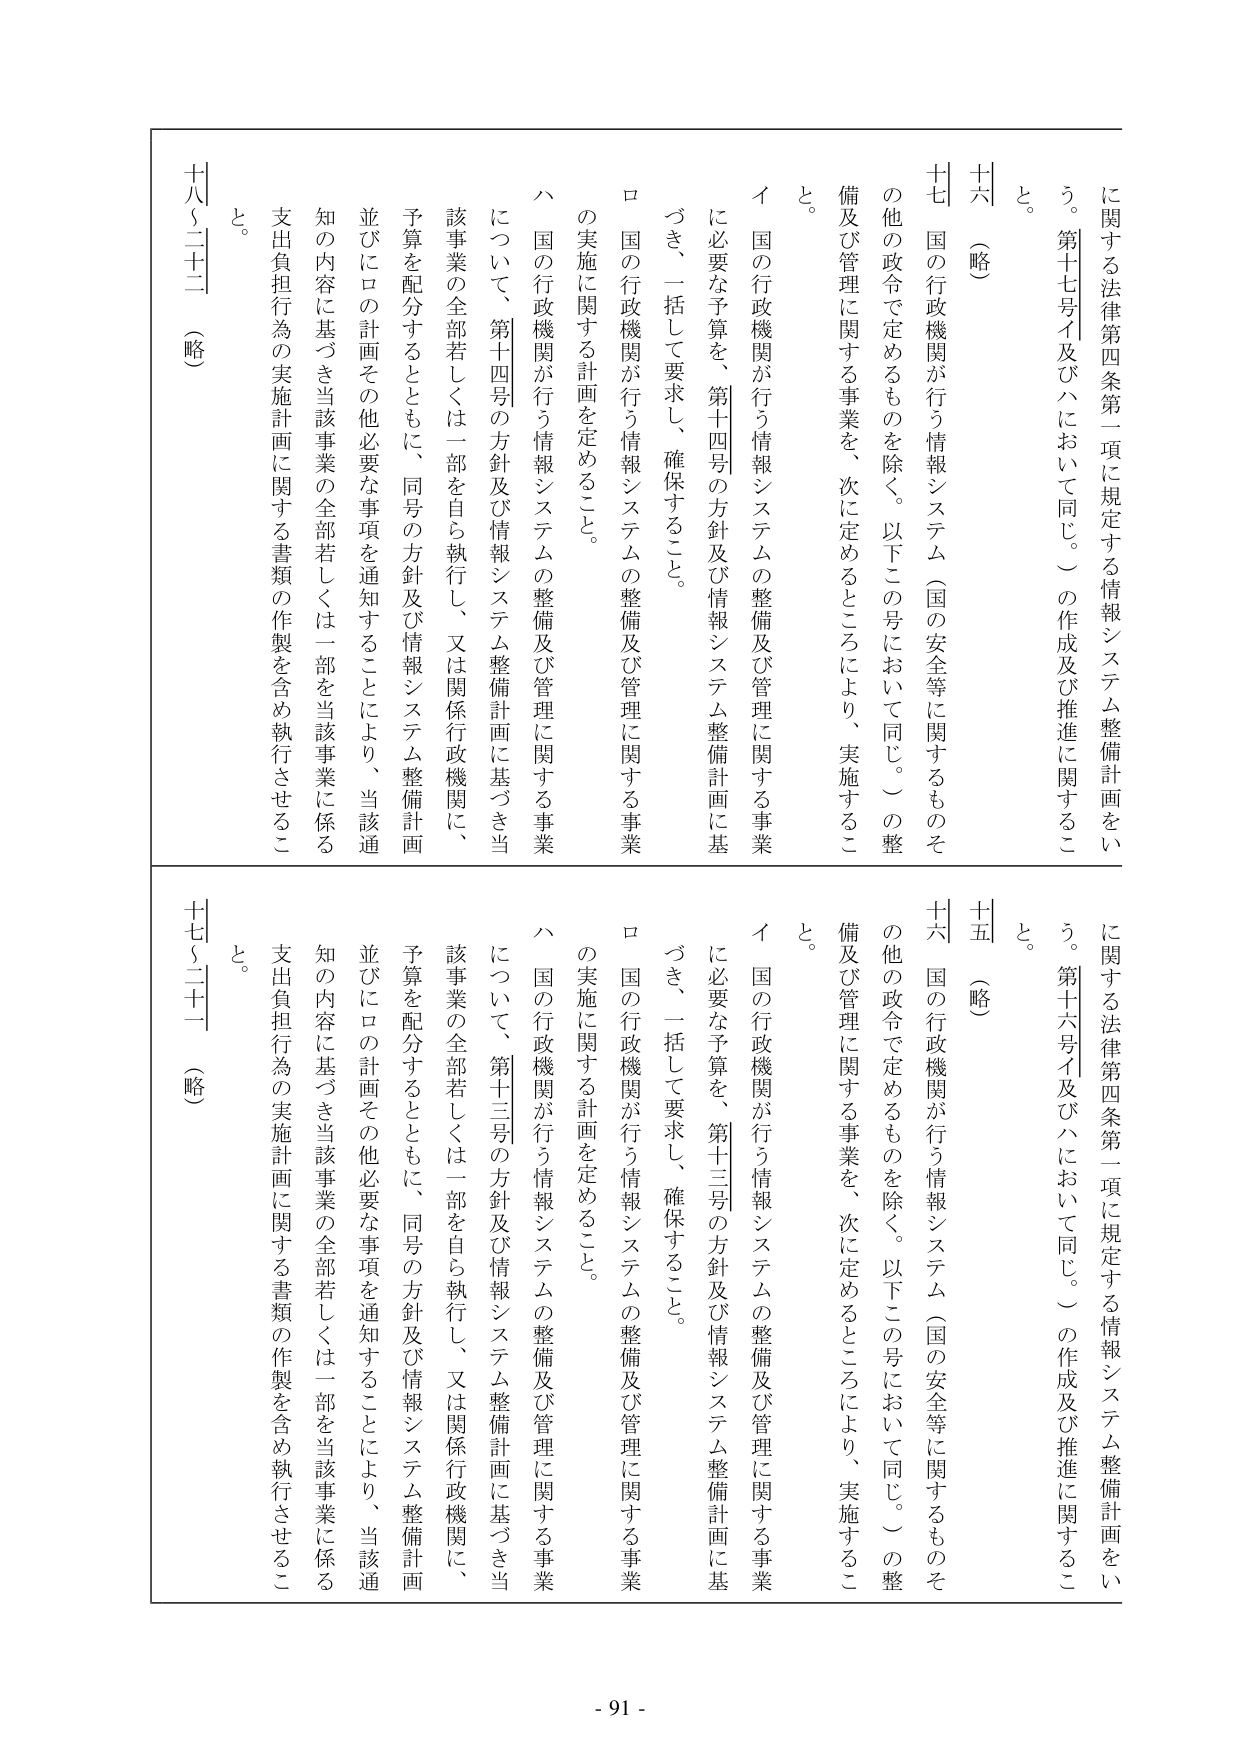
に関する法律第四条第一項に規定する情報システム整備計画をい
う。第十七号イ及びハにおいて同じ。）の作成及び推進に関するこ
と。
十六（略）
十七 国の行政機関が行う情報システム（国の安全等に関するものそ
の他の政令で定めるものを除く。以下この号において同じ。）の整
備及び管理に関する事業を、次に定めるところにより、実施するこ
と。
イ 国の行政機関が行う情報システムの整備及び管理に関する事業
に必要な予算を、第十四号の方針及び情報システム整備計画に基
づき、一括して要求し、確保すること。
ロ 国の行政機関が行う情報システムの整備及び管理に関する事業
の実施に関する計画を定めること。
ハ 国の行政機関が行う情報システムの整備及び管理に関する事業
について、第十四号の方針及び情報システム整備計画に基づき当
該事業の全部若しくは一部を自ら執行し、又は関係行政機関に、
予算を配分するとともに、同号の方針及び情報システム整備計画
並びにロの計画その他必要な事項を通知することにより、当該通
知の内容に基づき当該事業の全部若しくは一部を当該事業に係る
支出負担行為の実施計画に関する書類の作製を含め執行させるこ
と。
十八（二十二）（略）
に関する法律第四条第一項に規定する情報システム整備計画をい
う。第十六号イ及びハにおいて同じ。）の作成及び推進に関するこ
と。
十五（略）
十六 国の行政機関が行う情報システム（国の安全等に関するものそ
の他の政令で定めるものを除く。以下この号において同じ。）の整
備及び管理に関する事業を、次に定めるところにより、実施するこ
と。
イ 国の行政機関が行う情報システムの整備及び管理に関する事業
に必要な予算を、第十三号の方針及び情報システム整備計画に基
づき、一括して要求し、確保すること。
ロ 国の行政機関が行う情報システムの整備及び管理に関する事業
の実施に関する計画を定めること。
ハ 国の行政機関が行う情報システムの整備及び管理に関する事業
について、第十三号の方針及び情報システム整備計画に基づき当
該事業の全部若しくは一部を自ら執行し、又は関係行政機関に、
予算を配分するとともに、同号の方針及び情報システム整備計画
並びにロの計画その他必要な事項を通知することにより、当該通
知の内容に基づき当該事業の全部若しくは一部を当該事業に係る
支出負担行為の実施計画に関する書類の作製を含め執行させるこ
と。
十七（二十）（略）
- 91 -